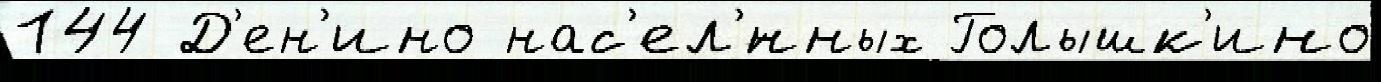
144 Д'ен'ино нас'ел'́нных Голышк'ино